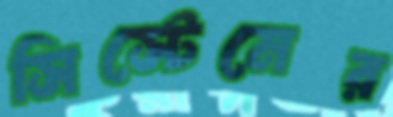
সিস্টেমের